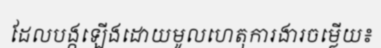
ដែលបង្កឡើងដោយមូលហេតុការងារចម្លើយ៖